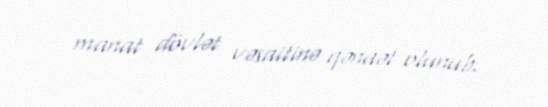
manat dövlət vəsaitinə qənaət olunub.